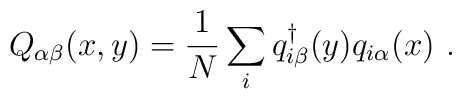
Q_{\alpha \beta}(x,y) = \frac{1}{N} \sum_{i} q_{i\beta}^{\dagger}(y)q_{i\alpha}(x)  \ .